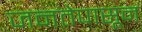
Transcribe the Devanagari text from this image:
जनतेपासून